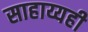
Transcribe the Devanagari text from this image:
साहाय्यही